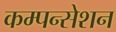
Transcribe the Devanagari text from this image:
कम्पन्सेशन